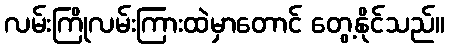
လမ်းကြိုလမ်းကြားထဲမှာတောင် တွေ့နိုင်သည်။